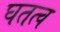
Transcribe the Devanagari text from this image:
घतत्व